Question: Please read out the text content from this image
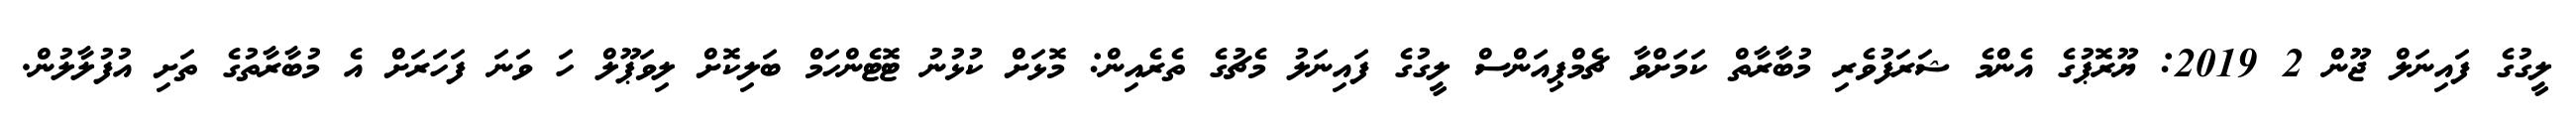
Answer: ލީގުގެ ފައިނަލް ޖޫން 2 2019: ޔޫރޮޕުގެ އެންމެ ޝަރަފުވެރި މުބާރާތް ކަމަށްވާ ޗެމްޕިއަންސް ލީގުގެ ފައިނަލު މެޗުގެ ތެރެއިން: މޮޅަށް ކުޅުނު ޓޮޓެންހަމް ބަލިކޮށް ލިވަޕޫލް ހަ ވަނަ ފަހަރަށް އެ މުބާރާތުގެ ތަށި އުފުލާލުން.